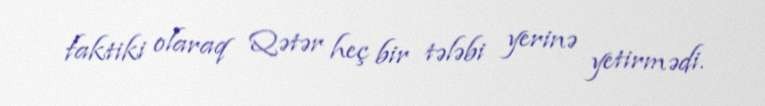
faktiki olaraq Qətər heç bir tələbi yerinə yetirmədi.